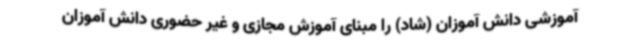
آموزشی دانش آموزان (شاد) را مبنای آموزش مجازی و غیر حضوری دانش آموزان